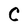
Character: C